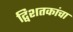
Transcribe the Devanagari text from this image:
द्विशतकांचा